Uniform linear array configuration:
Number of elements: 32
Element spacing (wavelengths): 0.75
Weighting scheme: hamming
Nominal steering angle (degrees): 15
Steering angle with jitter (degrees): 13.21
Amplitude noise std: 0.05
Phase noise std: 0.05

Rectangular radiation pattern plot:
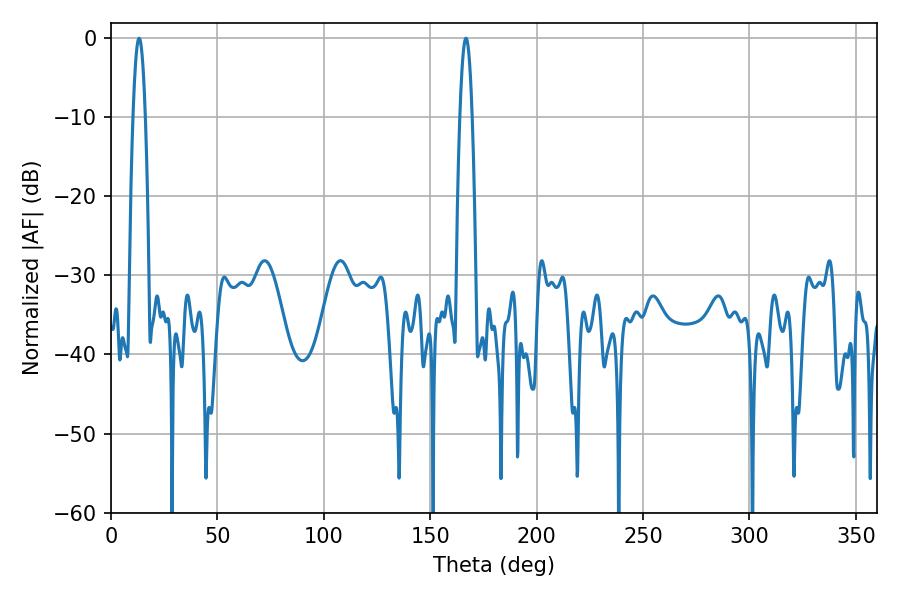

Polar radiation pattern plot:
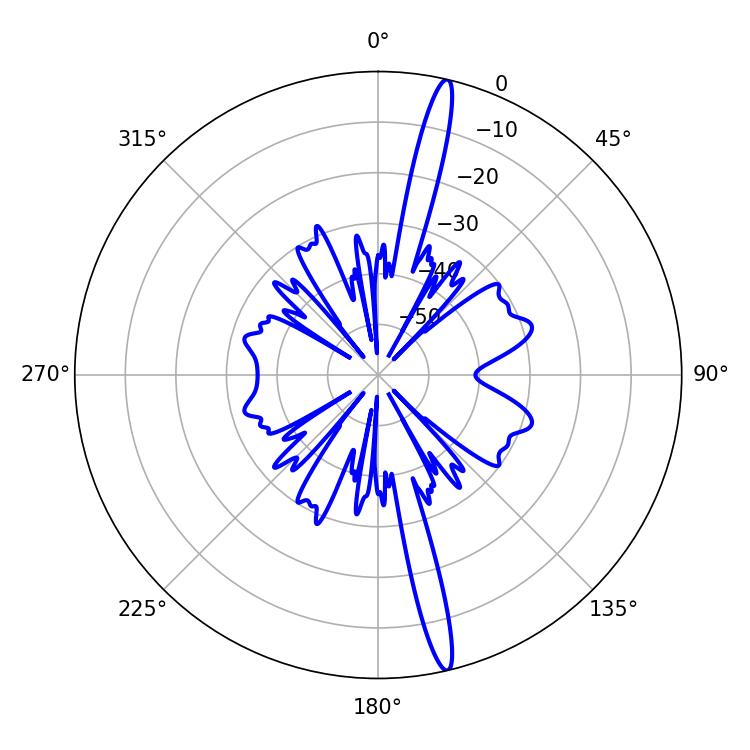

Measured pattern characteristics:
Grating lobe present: TRUE
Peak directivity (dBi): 18.537
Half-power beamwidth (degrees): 3.06
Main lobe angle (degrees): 13.14